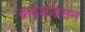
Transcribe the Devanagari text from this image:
द्वादशायतन